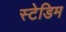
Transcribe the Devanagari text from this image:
स्टेडिम